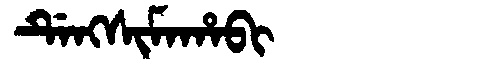
Manchu: ᡩᡝᠩᠰᡳᠮᠠᡥᠠᠪᡳ
Romanization: DENGSIMAHABI